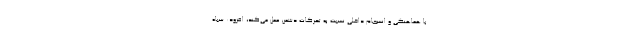
با هماهنگی و انسجام داخلی نسبت به تحرکات دشمن عمل می‌کند، افزود: سپاه